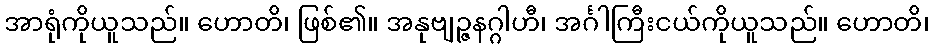
အာရုံကိုယူသည်။ ဟောတိ၊ ဖြစ်၏။ အနုဗျဉ္ဇနဂ္ဂါဟီ၊ အင်္ဂါကြီးငယ်ကိုယူသည်။ ဟောတိ၊